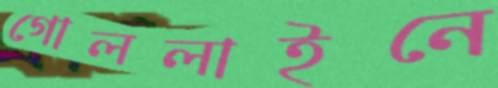
গোললাইনে